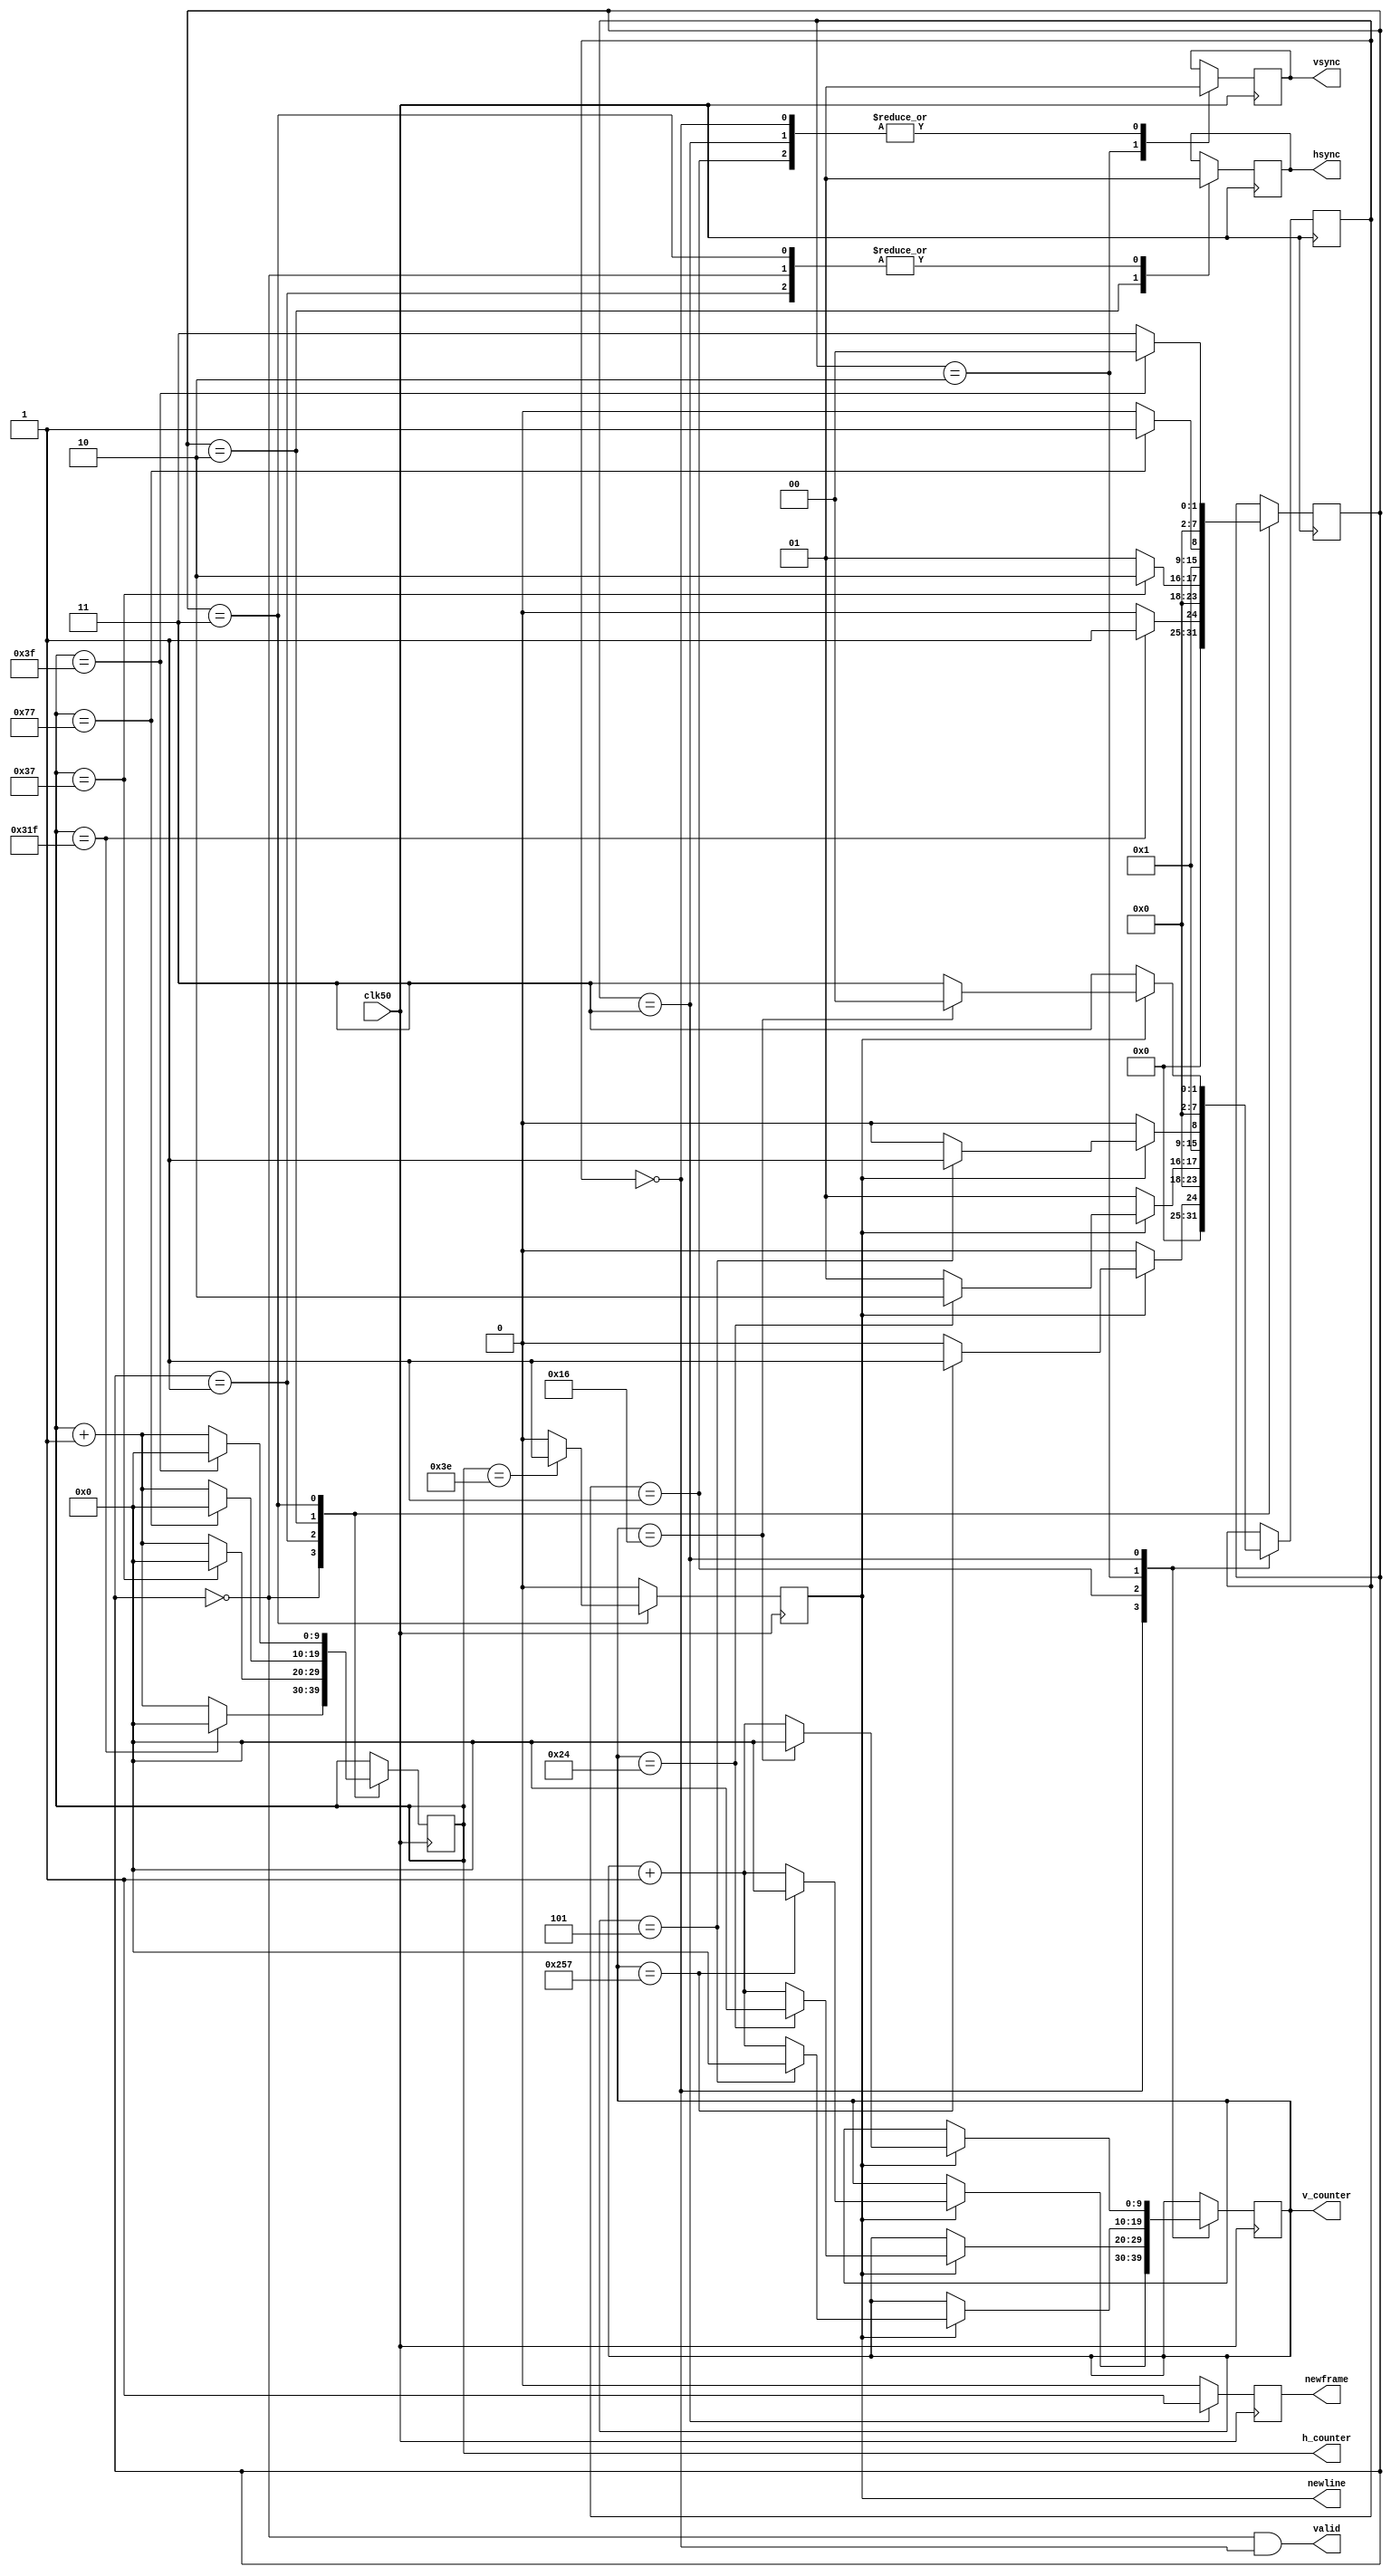
`timescale 1ns / 1ps

module vga(
    input clk50,
    output reg [9:0] h_counter,
    output reg [9:0] v_counter,
    output hsync,
    output vsync,
    output valid,
    output reg newframe, // 1 clock pulse when new frame starts
    output reg newline // 1 clock pulse when new line starts
    );
  

//    (  )
parameter [9:0] H_ACTIVE  =  10'd799;
parameter [9:0] H_FRONT   =  10'd55;
parameter [9:0] H_PULSE   =  10'd119;
parameter [9:0] H_BACK    =  10'd63;

//     ( )
parameter [9:0] V_ACTIVE   =  10'd599;
parameter [9:0] V_FRONT    =  10'd36;
parameter [9:0] V_PULSE =  10'd5;
parameter [9:0] V_BACK  =  10'd22;

// States (more readable)
parameter   [7:0]    H_ACTIVE_STATE    = 8'd0;
parameter   [7:0]   H_FRONT_STATE     = 8'd1;
parameter   [7:0]   H_PULSE_STATE   = 8'd2;
parameter   [7:0]   H_BACK_STATE     = 8'd3;

parameter   [7:0]    V_ACTIVE_STATE    = 8'd0;
parameter   [7:0]   V_FRONT_STATE    = 8'd1;
parameter   [7:0]   V_PULSE_STATE   = 8'd2;
parameter   [7:0]   V_BACK_STATE     = 8'd3;

reg [7:0] h_state;
reg [7:0] v_state;
reg hsync_reg;
reg vsync_reg;   


initial begin
    h_state = 1'b0;
    v_state = 1'b0;
    hsync_reg = 1'b0;
    vsync_reg = 1'b0;
    h_counter = 1'b0;
    v_counter = 1'b0;
    newframe = 1'b0;
    newline = 1'b0;
end

always @(posedge clk50) begin
  newframe <= 1'b0;
  newline <= 1'b0;
  
        ///////////////////////// HORIZONTAL /////////////////////////////////////
        case(h_state)
            H_ACTIVE_STATE: begin
                //    h_counter,   H_ACTIVE
                h_counter <= (h_counter==H_ACTIVE)?10'd0:(h_counter + 10'd1);
                //  hsync  1
                hsync_reg <= 1'b1;
                //  newline
                newline <= 1'b0;
                //  
                h_state <= (h_counter == H_ACTIVE)?H_FRONT_STATE:H_ACTIVE_STATE;
            end
             
            H_FRONT_STATE: begin
                // Iterate horizontal counter, zero at end of H_FRONT mode
                h_counter <= (h_counter==H_FRONT)?10'd0:(h_counter + 10'd1);
                // Set hsync
                hsync_reg <= 1'b1;
                // State transition
                h_state <= (h_counter == H_FRONT)?H_PULSE_STATE:H_FRONT_STATE; 
            end
            
            H_PULSE_STATE: begin
                // Iterate horizontal counter, zero at end of H_PULSE mode
                h_counter <= (h_counter==H_PULSE)?10'd0:(h_counter + 10'd1);
                // Clear hsync
                hsync_reg <= 1'b0;
                // State transition
                h_state <= (h_counter == H_PULSE)?H_BACK_STATE:H_PULSE_STATE;
            end
            
            H_BACK_STATE: begin
             // Iterate horizontal counter, zero at end of H_BACK mode
                h_counter <= (h_counter==H_BACK)?10'd0:(h_counter + 10'd1) ;
                // Set hsync
                hsync_reg <= 1'b1 ;
                // State transition
                h_state <= (h_counter == H_BACK)?H_ACTIVE_STATE:H_BACK_STATE ;
                // Signal line complete at state transition (offset by 1 for synchronous state transition)
                newline <= (h_counter == (H_BACK-1))?1'b1:1'b0 ;
            end
            default:;
        endcase
        ///////////////////////// VERTICAL ///////////////////////////////////////
        case(v_state)
            V_ACTIVE_STATE: begin
                // increment vertical counter at end of line, zero on state transition
                v_counter<=(newline==1'b1)?((v_counter==V_ACTIVE)?10'd0:(v_counter+10'd1)):v_counter ;
                // set vsync in active mode
                vsync_reg <= 1'b1 ;
                // state transition - only on end of lines
                v_state<=(newline==1'b1)?((v_counter==V_ACTIVE)?V_FRONT_STATE:V_ACTIVE_STATE):V_ACTIVE_STATE ;
                // Deassert frame done
                newframe <= 1'b0 ;
            end
            
            V_FRONT_STATE: begin
                 // increment vertical counter at end of line, zero on state transition
                v_counter<=(newline==1'b1)?((v_counter==V_FRONT)?10'd0:(v_counter + 10'd1)):v_counter ;
                // set vsync in front porch
                vsync_reg <= 1'b1 ;
                // state transition
                v_state<=(newline==1'b1)?((v_counter==V_FRONT)?V_PULSE_STATE:V_FRONT_STATE):V_FRONT_STATE;
            end
            
            V_PULSE_STATE: begin
                // increment vertical counter at end of line, zero on state transition
                v_counter<=(newline==1'b1)?((v_counter==V_PULSE)?10'd0:(v_counter + 10'd1)):v_counter ;
                // clear vsync in pulse
                vsync_reg <= 1'b0 ;
                // state transition
                v_state<=(newline==1'b1)?((v_counter==V_PULSE)?V_BACK_STATE:V_PULSE_STATE):V_PULSE_STATE;
            end
            V_BACK_STATE: begin
                // increment vertical counter at end of line, zero on state transition
                v_counter<=(newline==1'b1)?((v_counter==V_BACK)?10'd0:(v_counter + 10'd1)):v_counter ;
                // set vsync in back porch
                vsync_reg <= 1'b1 ;
                // state transition
                v_state<=(newline==1'b1)?((v_counter==V_BACK)?V_ACTIVE_STATE:V_BACK_STATE):V_BACK_STATE ;
                
                // Deassert frame done
                newframe <= 1'b1 ;
            end
            default:;
        endcase
end

assign hsync = hsync_reg ;
assign vsync = vsync_reg ;
assign valid = (h_state == H_ACTIVE_STATE) && (v_state == V_ACTIVE_STATE);
    
endmodule